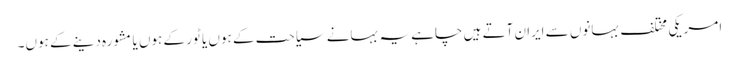
امریکی مختلف بہانوں سے ایران آتے ہیں چاہے یہ بہانے سیاحت کے ہوں یا ٹور کے ہوں یا مشورہ دینے کے ہوں۔